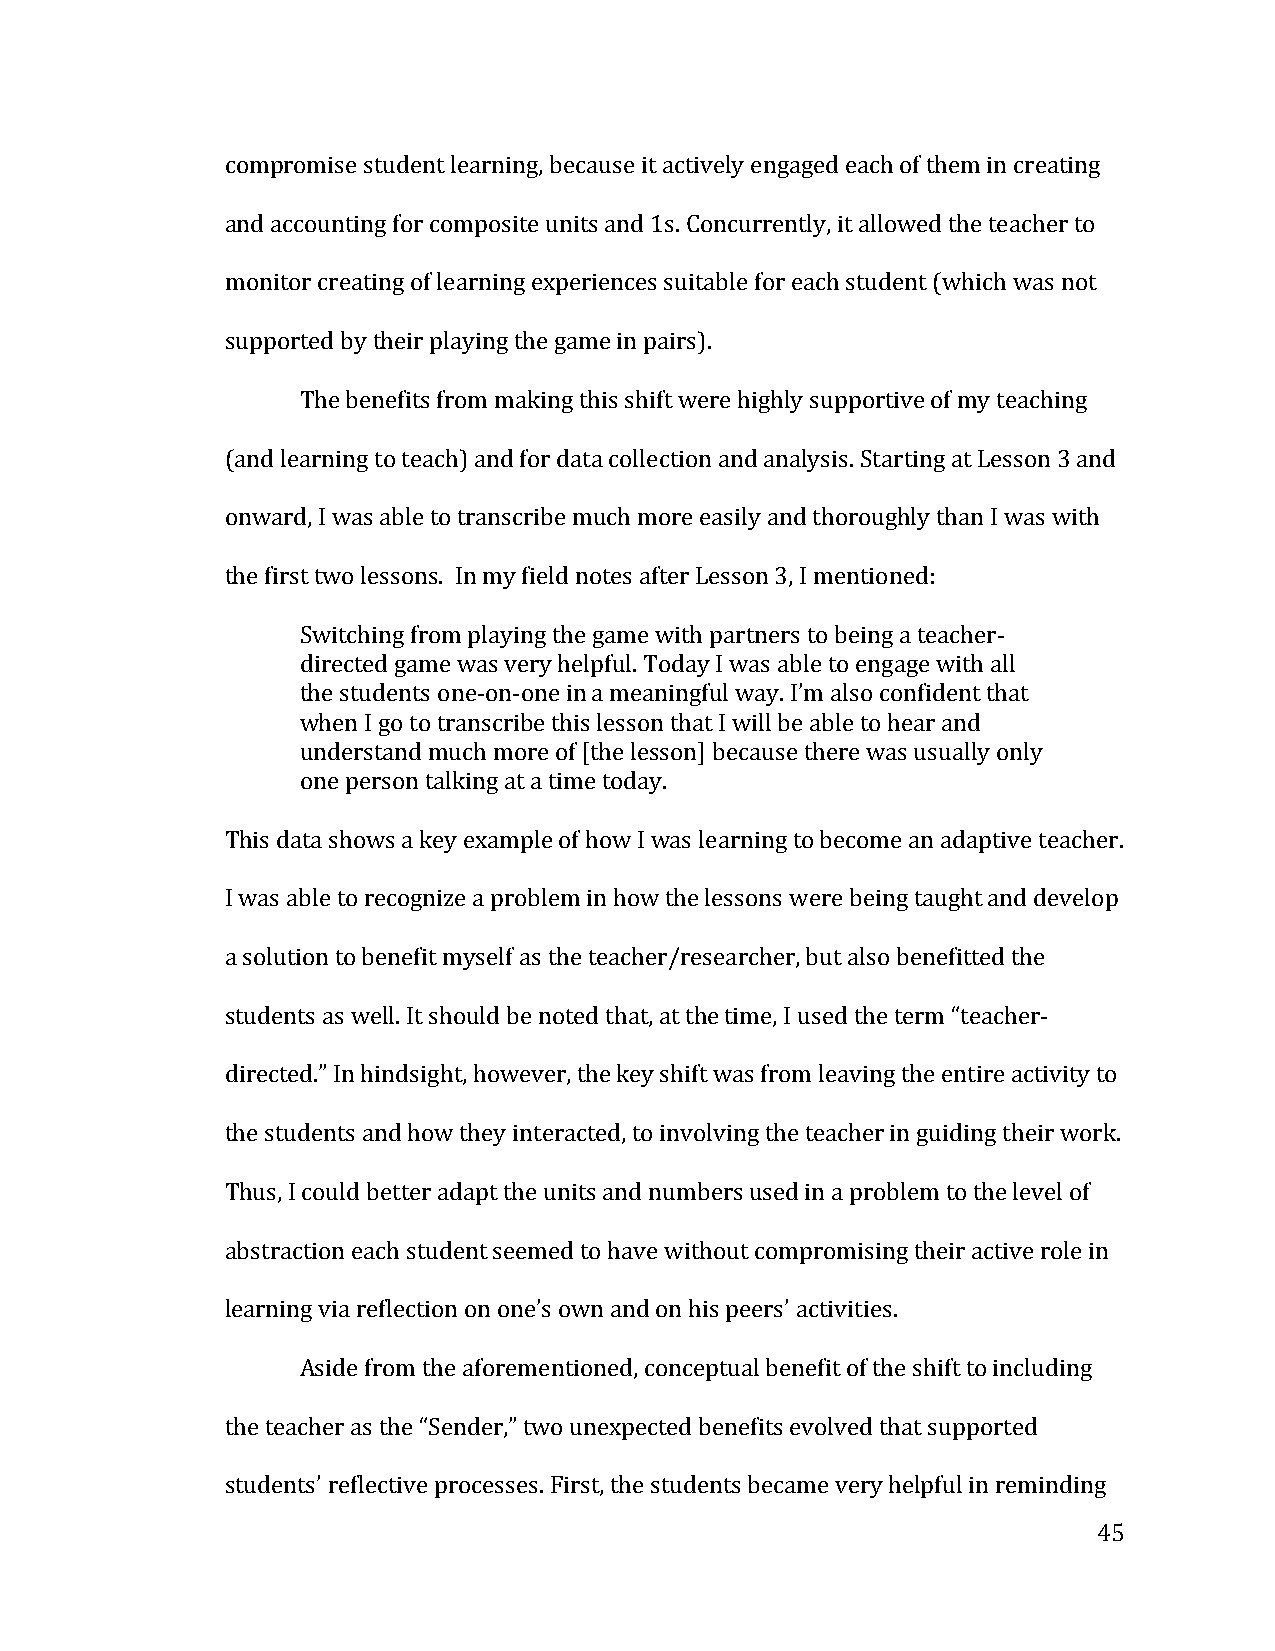
compromise student learning, because it actively engaged each of them in creating
 and accounting for composite units and 1s. Concurrently, it allowed the teacher to
 monitor creating of learning experiences suitable for each student (which was not
 supported by their playing the game in pairs).
 The benefits from making this shift were highly supportive of my teaching
 (and learning to teach) and for data collection and analysis. Starting at Lesson 3 and
 onward, I was able to transcribe much more easily and thoroughly than I was with
 the first two lessons. In my field notes after Lesson 3, I mentioned:
 Switching from playing the game with partners to being a teacher-­‐
 directed game was very helpful. Today I was able to engage with all
 the students one-­‐on-­‐one in a meaningful way. I’m also confident that
 when I go to transcribe this lesson that I will be able to hear and
 understand much more of [the lesson] because there was usually only
 one person talking at a time today.
 This data shows a key example of how I was learning to become an adaptive teacher.
 I was able to recognize a problem in how the lessons were being taught and develop
 a solution to benefit myself as the teacher/researcher, but also benefitted the
 students as well. It should be noted that, at the time, I used the term “teacher-­‐
 directed.” In hindsight, however, the key shift was from leaving the entire activity to
 the students and how they interacted, to involving the teacher in guiding their work.
 Thus, I could better adapt the units and numbers used in a problem to the level of
 abstraction each student seemed to have without compromising their active role in
 learning via reflection on one’s own and on his peers’ activities.
 Aside from the aforementioned, conceptual benefit of the shift to including
 the teacher as the “Sender,” two unexpected benefits evolved that supported
 students’ reflective processes. First, the students became very helpful in reminding
 45